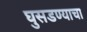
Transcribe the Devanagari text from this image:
घुसडण्याचा